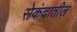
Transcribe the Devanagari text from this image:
सेकंदातील